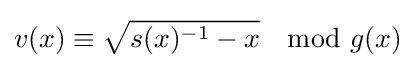
v(x)\equiv {\sqrt {s(x)^{-1}-x}}\mod g(x)